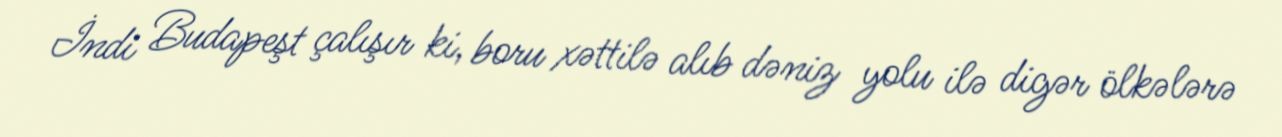
İndi Budapeşt çalışır ki, boru xəttilə alıb dəniz yolu ilə digər ölkələrə